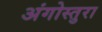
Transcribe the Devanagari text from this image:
अंगोस्तुरा